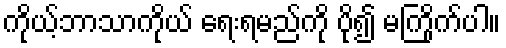
ကိုယ့်ဘာသာကိုယ် ရေးရမည်ကို ပို၍ မကြိုက်ပါ။